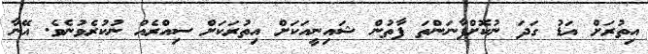
އިތުރަށް އަޑު ގަދަ ނުކޮށްފާނަންތަ ފާތުން ޝައިނީއަކަށް އިތުރަކަށް ސިއްރެއް ނުކުރެވުނެވެ. އޭނާ